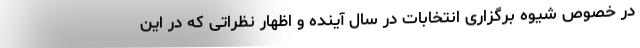
در خصوص شیوه برگزاری انتخابات در سال آینده و اظهار نظراتی که در این